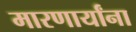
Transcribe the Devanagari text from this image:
मारणार्यांना